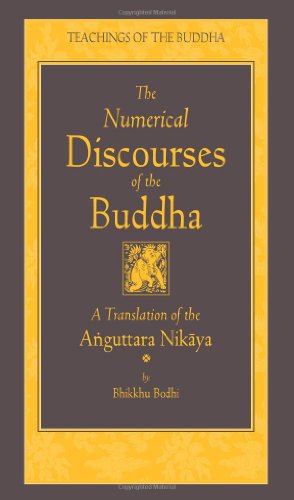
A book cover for The Numerical Discourses of the Buddha: A Complete Translation of the Anguttara Nikaya (Teachings of the Buddha); Literature & Fiction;